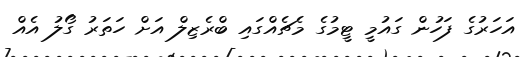
އަހަރުގެ ފަހުން ގައުމީ ޓީމުގެ މެޗެއްގައި ބްރެޒިލް އަށް ހަތަރު ގޯލު އެއް